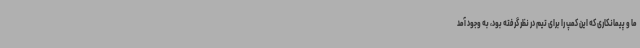
ما و پیمانکاری که این کمپ را برای تیم در نظر گرفته بود، به وجود آمد